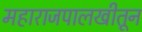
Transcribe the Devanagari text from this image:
महाराजपालखीतून